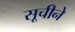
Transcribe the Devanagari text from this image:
सूचीने